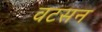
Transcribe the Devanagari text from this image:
वटसन